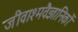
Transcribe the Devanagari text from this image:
जीवाश्मवैज्ञानिकों